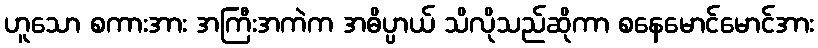
ဟူသော စကားအား အကြီးအကဲက အဓိပ္ပာယ် သိလိုသည်ဆိုကာ စနေမောင်မောင်အား